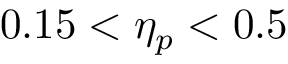
0 . 1 5 < \eta _ { p } < 0 . 5